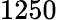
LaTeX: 1250